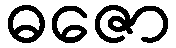
ဓဇော